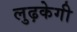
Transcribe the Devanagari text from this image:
लुढ़केगी